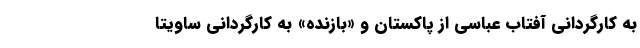
به کارگردانی آفتاب عباسی از پاکستان و «بازنده» به کارگردانی ساویتا